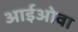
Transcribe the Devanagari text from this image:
आईओवा